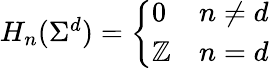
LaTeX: \begin{array}{r}{H_{n}(\Sigma^{d})=\left\{ \begin{array}{ll}{0}&{n\neq d}\\ {\mathbb{Z}}&{n=d}\end{array}\right.}\end{array}